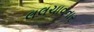
લલચાવનાર